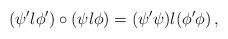
LaTeX: \begin{align*}( \psi' \l \phi' ) \circ ( \psi \l \phi ) = ( \psi' \psi ) \l ( \phi' \phi )\,,\end{align*}